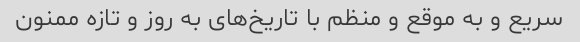
سریع و به موقع و منظم با تاریخ‌های به روز و تازه ممنون